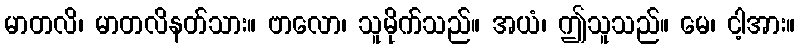
မာတလိ၊ မာတလိနတ်သား။ ဗာလော၊ သူမိုက်သည်။ အယံ၊ ဤသူသည်။ မေ၊ ငါ့အား။